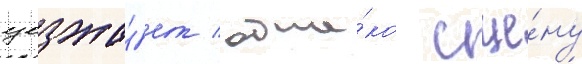
уезжа́ет / одна́ко сце́ну